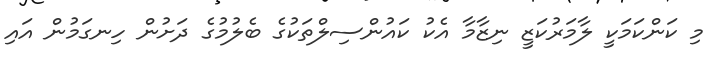
މި ކަންކަމަކީ ލާމަރުކަޒީ ނިޒާމާ އެކު ކައުންސިލްތަކުގެ ބެލުމުގެ ދަށުން ހިނގަމުން އައި